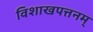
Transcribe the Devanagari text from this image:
विशाखपत्तनम्